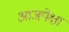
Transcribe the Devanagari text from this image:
आजपेक्षा